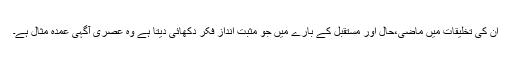
ان کی تخلیقات میں ماضی،حال اور مستقبل کے بارے میں جو مثبت انداز فکر دکھائی دیتا ہے وہ عصری آگہی عمدہ مثال ہے۔